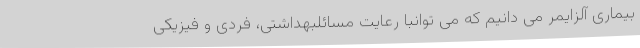
بیماری آلزایمر می دانیم که می توانبا رعایت مسائلبهداشتی، فردی و فیزیکی